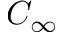
C _ { \infty }